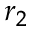
r _ { 2 }